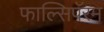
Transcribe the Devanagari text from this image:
फाल्सिपॅरम